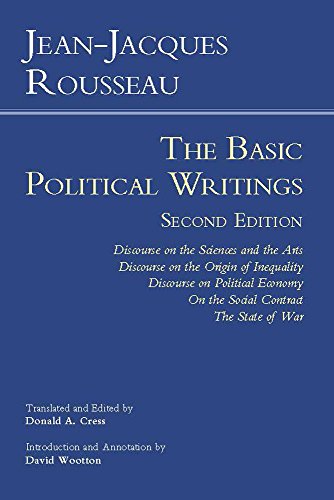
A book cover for Rousseau: The Basic Political Writings: Discourse on the Sciences and the Arts, Discourse on the Origin of Inequality, Discourse on Political Economy, ... Contract, The State of War (Hackett Classics); Jean-Jacques Rousseau; Politics & Social Sciences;